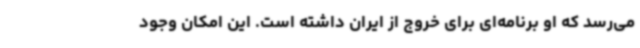
می‌رسد که او برنامه‌ای برای خروج از ایران داشته است. این امکان وجود